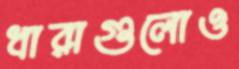
ধারাগুলোও